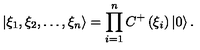
\left| \xi _ { 1 } , \xi _ { 2 } , \ldots , \xi _ { n } \right\rangle = \prod _ { i = 1 } ^ { n } C ^ { + } \left( \xi _ { i } \right) \left| 0 \right\rangle .